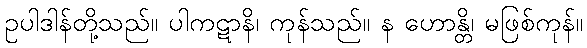
ဥပါဒါန်တို့သည်။ ပါကဋာနိ၊ ကုန်သည်။ န ဟောန္တိ၊ မဖြစ်ကုန်။